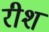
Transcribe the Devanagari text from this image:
रीश